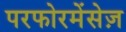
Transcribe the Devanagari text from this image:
परफोरमेंसेज़